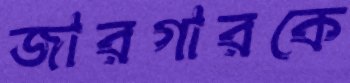
জারগারকে